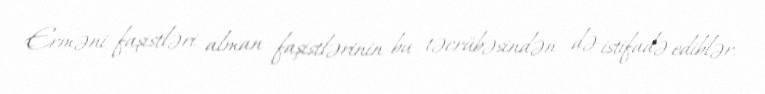
Erməni faşistləri alman faşistlərinin bu təcrübəsindən də istifadə ediblər.